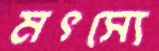
মৎস্যে